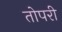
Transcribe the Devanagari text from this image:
तोपरी